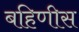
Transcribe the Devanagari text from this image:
बहिणीस